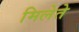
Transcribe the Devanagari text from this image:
मिलेते